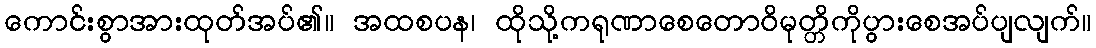
ကောင်းစွာအားထုတ်အပ်၏။ အထစပန၊ ထိုသို့ကရုဏာစေတောဝိမုတ္တိကိုပွားစေအပ်ပျလျက်။